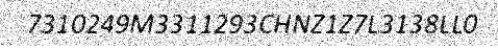
7310249M3311293CHNZ1Z7L3138LL0